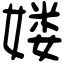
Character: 𡞱